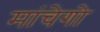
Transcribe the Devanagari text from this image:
मांचेगो